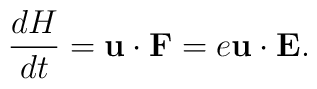
{dH\over dt}={\bf u}\cdot{\bf F}=e{\bf u}\cdot{\bf E}.